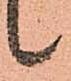
候